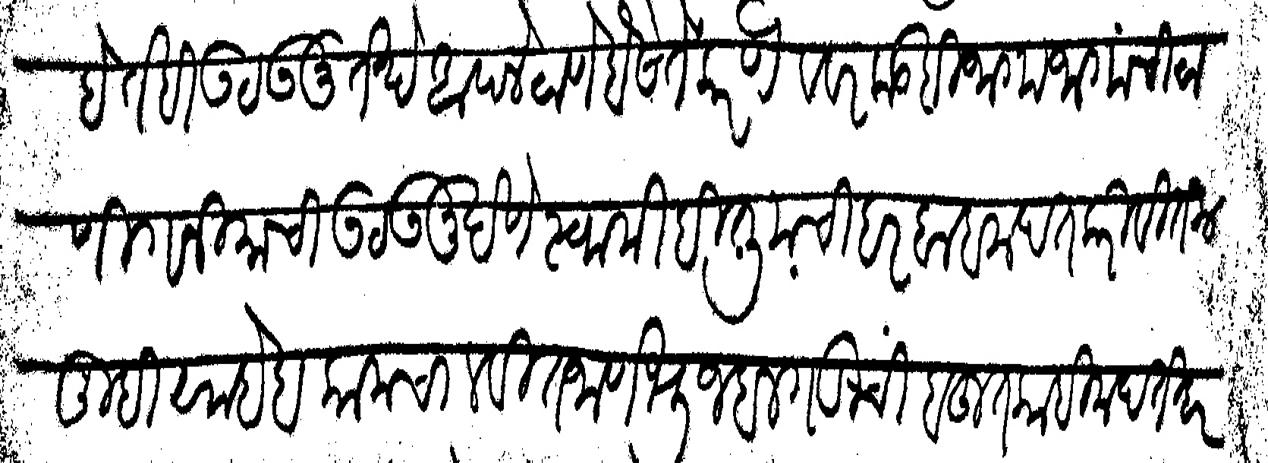
Transliteration (Devanagari): आहे तही उठऊनू तेथे आपले ठाणे बैसे ते करणे व वरकडही जागाजागांची ठाणी गनिमाची उठऊनू देणे स्वामीही तुमची हर बाब मदत करिवितील तुम्ही साहेबकाम चालवीत जाणे भुजबलगडीची बहुत काही मदत हरयेक